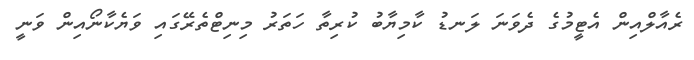
ރެއާލްއިން އެޓީމުގެ ދެވަނަ ލަނޑު ކާމިޔާބު ކުރިތާ ހަތަރު މިނިޓްތެރޭގައި ވަޔެކާނޯއިން ވަނީ